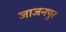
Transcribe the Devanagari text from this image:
जाजनपुर